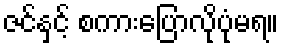
ဇင်နှင့် စကားပြောလိုပုံမရ။